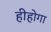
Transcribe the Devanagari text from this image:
हीहोगा